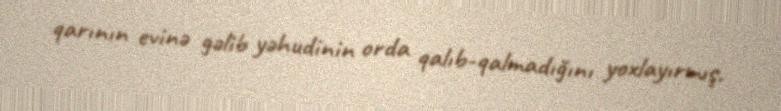
qarının evinə gəlib yəhudinin orda qalıb-qalmadığını yoxlayırmış.